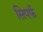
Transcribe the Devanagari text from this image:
सिपर्फ